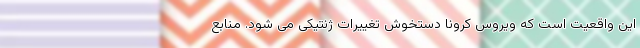
این واقعیت است که ویروس کرونا دستخوش تغییرات ژنتیکی می شود. منابع